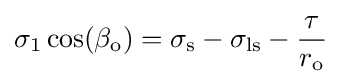
\sigma _{\mathrm {1} }\cos(\beta _{\mathrm {o} })=\sigma _{\mathrm {s} }-\sigma _{\mathrm {ls} }-{\frac {\tau }{r_{\mathrm {o} }}}